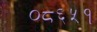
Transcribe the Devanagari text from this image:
०८६५१